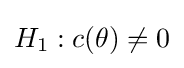
H_{1}:c(\theta )\neq 0